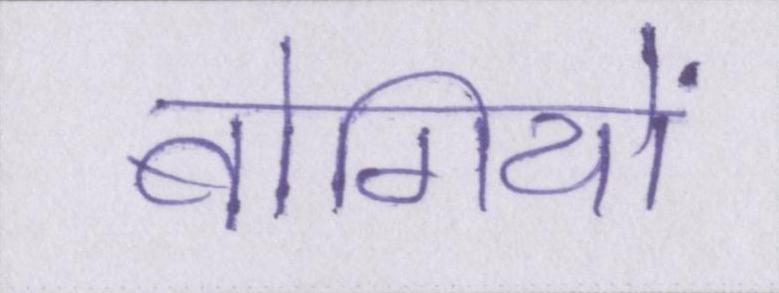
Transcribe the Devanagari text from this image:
बोगियों